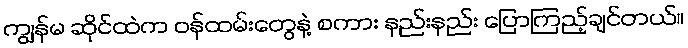
ကျွန်မ ဆိုင်ထဲက ဝန်ထမ်းတွေနဲ့ စကား နည်းနည်း ပြောကြည့်ချင်တယ်။